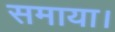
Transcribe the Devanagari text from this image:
समाया।